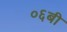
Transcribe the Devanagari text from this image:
०६बी